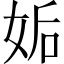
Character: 姤